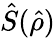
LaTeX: \hat{S}(\hat{\rho})